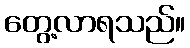
တွေ့လာရသည်။